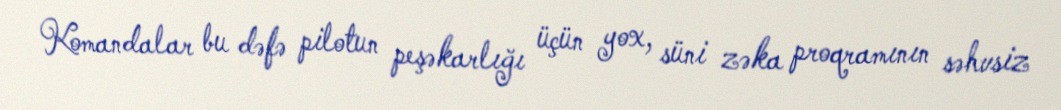
Komandalar bu dəfə pilotun peşəkarlığı üçün yox, süni zəka proqramının səhvsiz